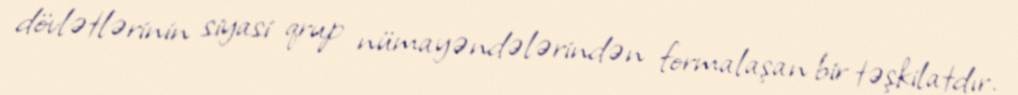
dövlətlərinin siyasi qrup nümayəndələrindən formalaşan bir təşkilatdır.